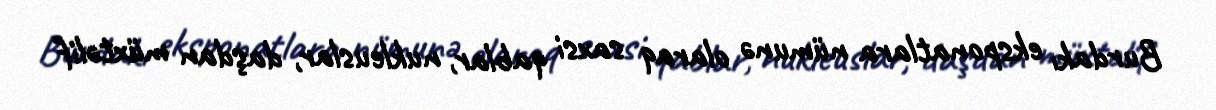
Burdakı eksponatlara nümunə olaraq saxsi qablar, nukleuslar, daşdan müxtəlif